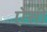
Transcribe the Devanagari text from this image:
एेसी